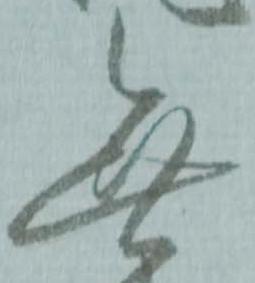
無